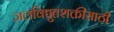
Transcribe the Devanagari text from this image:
जलविद्युतशक्तीसाठी